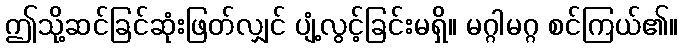
ဤသို့ဆင်ခြင်ဆုံးဖြတ်လျှင် ပျံ့လွင့်ခြင်းမရှိ။ မဂ္ဂါမဂ္ဂ စင်ကြယ်၏။